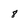
Character: 8